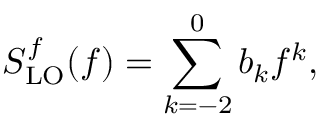
S _ { \mathrm { L O } } ^ { f } ( f ) = \sum _ { k = - 2 } ^ { 0 } b _ { k } f ^ { k } ,